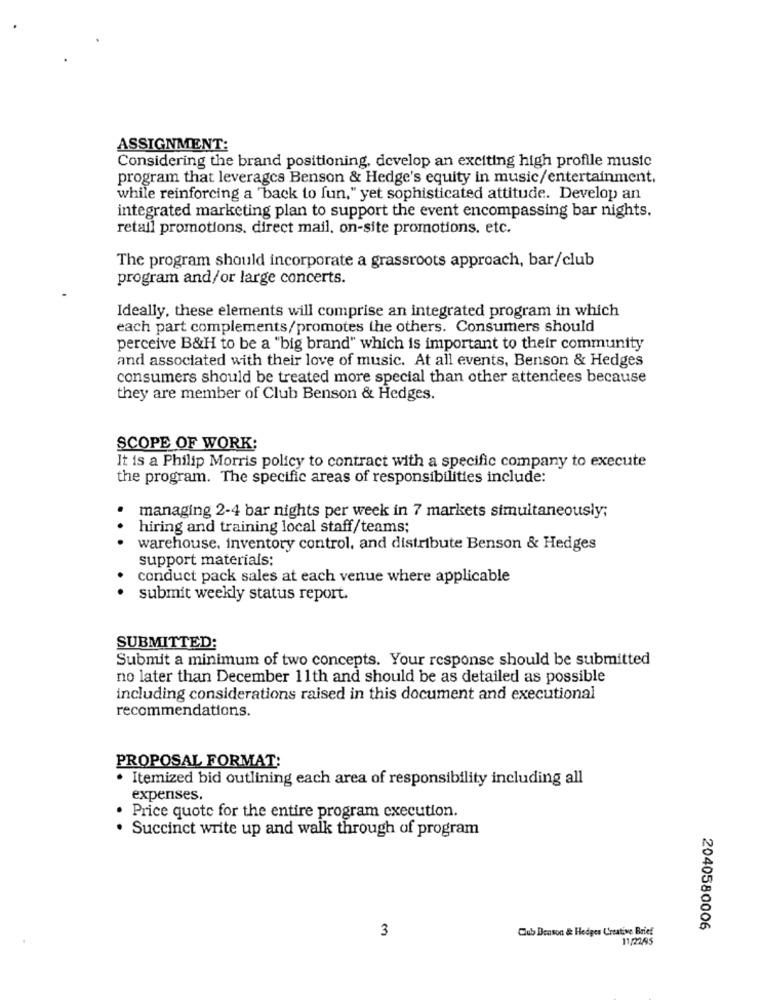
ASSIGNMENT:
Considering the brand positioning. develop an exciting high profile music
program that leverages Benson & Hedge's equity in music/entertainment.
while reinforcing a "back to fun," yet sophisticated attitude. Develop an
integrated marketing plan to support the event encompassing bar nights.
retail promotions. direct mail, on-site promotions. etc.
The program should incorporate a grassroots approach, bar/club
program and/or large concerts.
Ideally, these elements will comprise an integrated program in which
each part complements/promotes the others. Consumers should
perceive B&H to be a "big brand" which is important to their community
and associated with their love of music. At all events, Benson & Hedges
consumers should be treated more special than other attendees because
they are member of Club Benson & Hedges.
SCOPE OF WORK:
It is a Philip Morris policy to contract with a specific company to execute
the program. The specific areas of responsibilities include:
managing 2-4 bar nights per week in 7 markets simultaneously;
hiring and training local staff/teams;
.. .
warehouse. inventory control, and distribute Benson & Hedges
support materials;
conduct pack sales at each venue where applicable
submit weekly status report.
SUBMITTED:
Submit a minimum of two concepts. Your response should be submitted
no later than December 11th and should be as detailed as possible
including considerations raised in this document and executional
recommendations.
PROPOSAL FORMAT:
· Itemized bid outlining each area of responsibility including all
expenses.
. Price quote for the entire program execution.
. Succinct write up and walk through of program
Club Benson & Hedges Creative Brief
2040580006
3
11/22,95